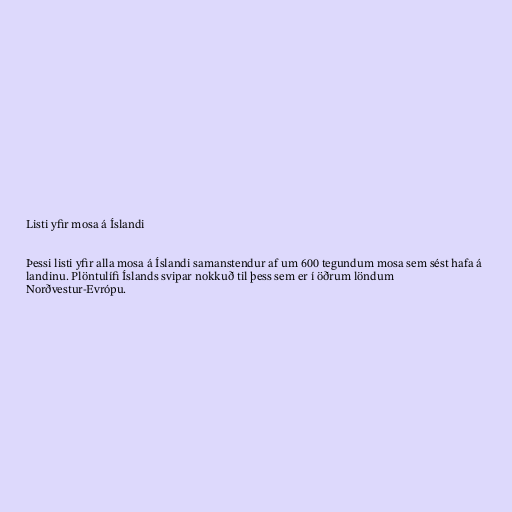
Listi yfir mosa á Íslandi

Þessi listi yfir alla mosa á Íslandi samanstendur af um 600 tegundum mosa sem sést hafa á
landinu. Plöntulífi Íslands svipar nokkuð til þess sem er í öðrum löndum
Norðvestur-Evrópu.